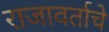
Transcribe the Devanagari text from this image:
राजावर्ताचे